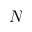
N